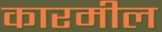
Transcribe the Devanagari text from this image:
कारमील